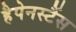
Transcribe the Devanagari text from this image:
हैपेनस्टैंस